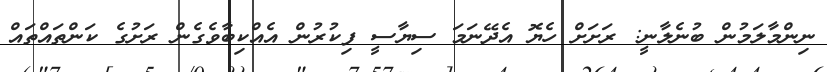
ނިންމާލަމުން ބުނެލާނީ: ރަށަށް ހެޔޮ އެދޭނަމަ ސިޔާސީ ފިކުރުން އެއްކިބާވެގެން ރަށުގެ ކަންތައްތައް